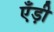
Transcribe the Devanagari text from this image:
एँड़ी